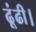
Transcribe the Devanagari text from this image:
ढूंढी।